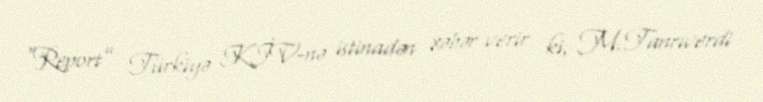
“Report” Türkiyə KİV-nə istinadən xəbər verir ki, M.Tanrıverdi